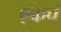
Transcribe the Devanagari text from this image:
एकचं